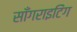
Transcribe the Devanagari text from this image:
साँगराइटिंग